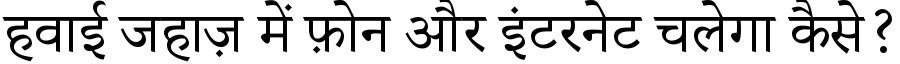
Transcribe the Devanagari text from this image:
हवाई जहाज़ में फ़ोन और इंटरनेट चलेगा कैसे?